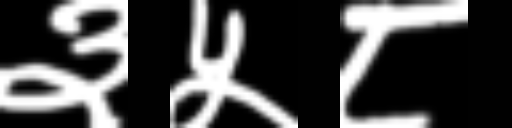
Text: ३५८